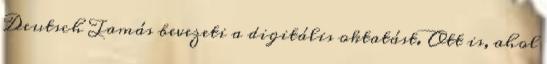
Deutsch Tamás bevezeti a digitális oktatást. Ott is, ahol